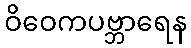
ဝိဝေကပဗ္ဘာရေန